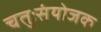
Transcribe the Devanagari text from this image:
चतुःसंयोजक